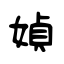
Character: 媜